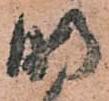
明